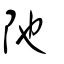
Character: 阤